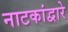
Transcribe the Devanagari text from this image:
नाटकांद्वारे